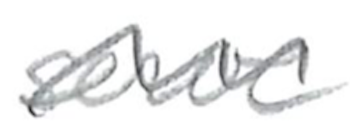
Text: serve
Cross-out: mix
Writing tool: pencil